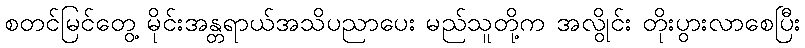
စတင်မြင်တွေ့ မိုင်းအန္တရာယ်အသိပညာပေး မည်သူတို့က အလွိုင်း တိုးပွားလာစေပြီး